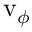
\mathrm { v } _ { \phi }